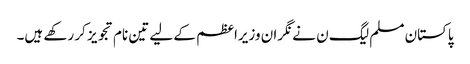
پاکستان مسلم لیگ ن نے نگران وزیراعظم کے لیے تین نام تجویز کر رکھے ہیں۔